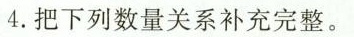
4.把下列数量关系补充完整。